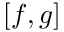
[ f , g ]